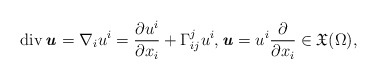
\begin{align*} \operatorname{div} \textbf{\textit{u}} = \nabla_i u^i = \frac{\partial u^i}{\partial x_i} + \Gamma^j_{ij} u^i,\textbf{\textit{u}}=u^i \frac{\partial}{\partial x_i}\in \mathfrak{X} (\Omega),\end{align*}